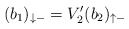
\begin{align*}(b_1)_{\downarrow-} = V_2^{\prime}(b_2)_{\uparrow-}\end{align*}